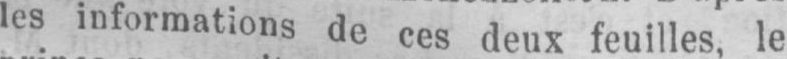
les informations de ces deux feuilles, le